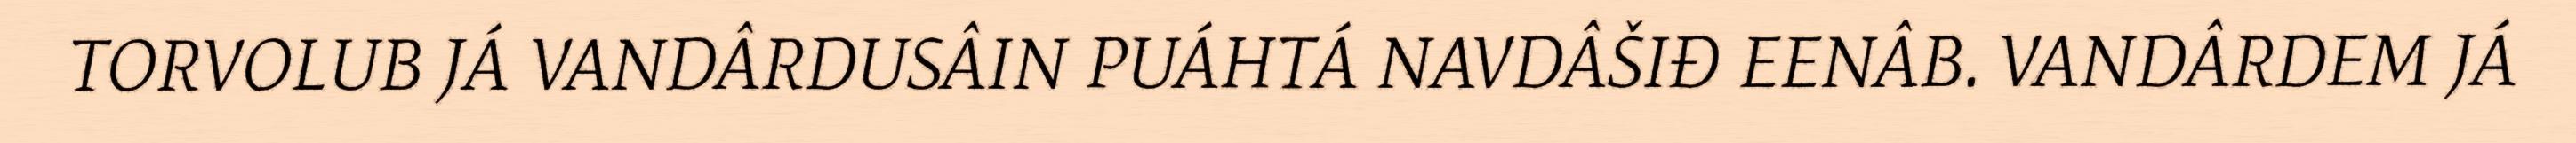
TORVOLUB JÁ VANDÂRDUSÂIN PUÁHTÁ NAVDÂŠIĐ EENÂB. VANDÂRDEM JÁ